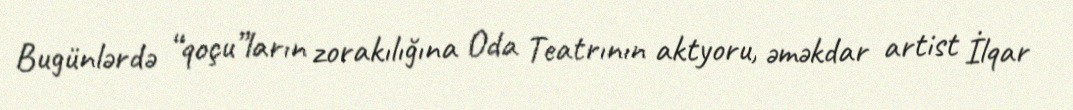
Bugünlərdə “qoçu”ların zorakılığına Oda Teatrının aktyoru, əməkdar artist İlqar